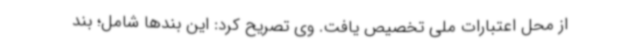
از محل اعتبارات ملی تخصیص یافت. وی تصریح کرد: این بندها شامل؛ بند